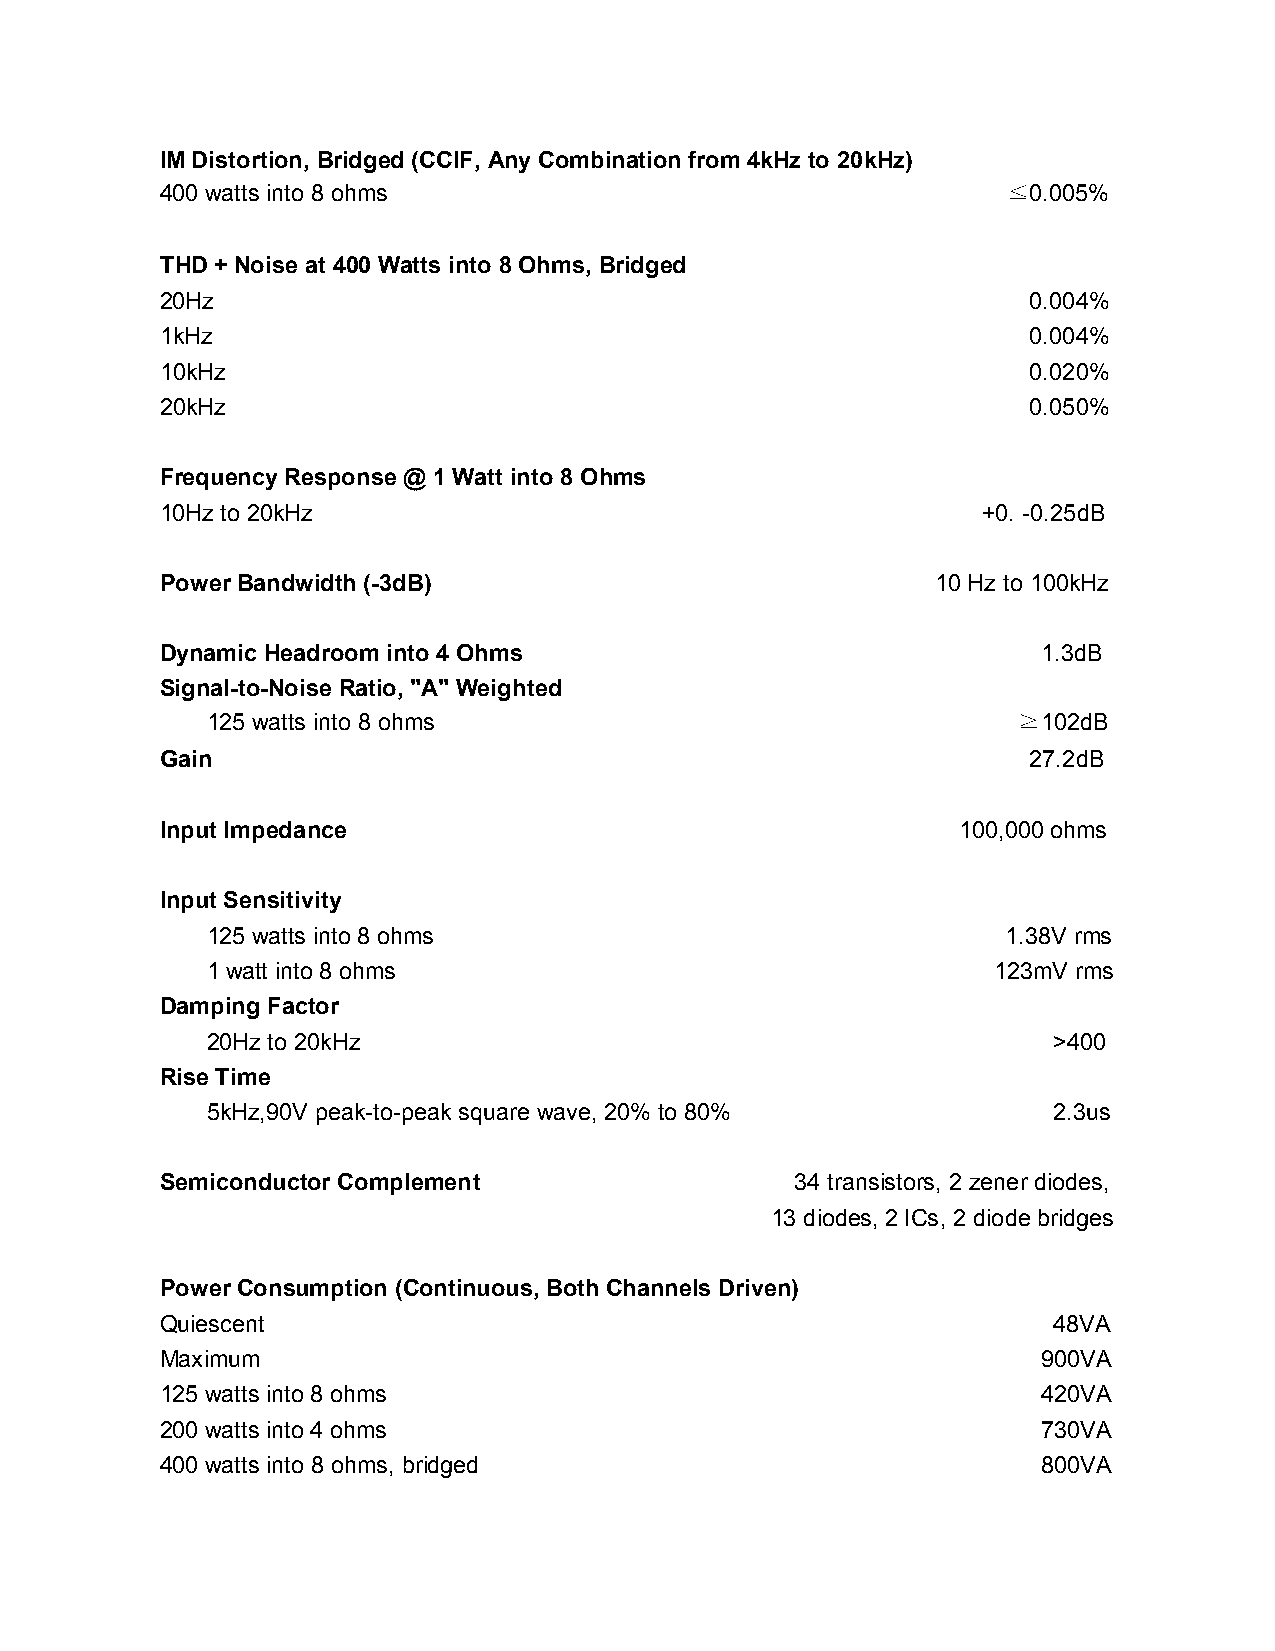
IM Distortion, Bridged (CCIF, Any Combination from 4kHz to 20kHz)
 400 watts into 8 ohms                                   ≦0.005%
 THD + Noise at 400 Watts into 8 Ohms, Bridged
 20Hz                                                     0.004%
 1kHz                                                     0.004%
 10kHz                                                    0.020%
 20kHz                                                    0.050%
 Frequency Response @ 1 Watt into 8 Ohms
 10Hz to 20kHz                                         +0. -0.25dB
 Power Bandwidth (-3dB)                             10 Hz to 100kHz
 Dynamic Headroom into 4 Ohms                              1.3dB
 Signal-to-Noise Ratio, "A" Weighted
 125 watts into 8 ohms                                ≧102dB
 Gain                                                     27.2dB
 Input Impedance                                     100,000 ohms
 Input Sensitivity
 125 watts into 8 ohms                                1.38V rms
 1 watt into 8 ohms                                  123mV rms
 Damping Factor
 20Hz to 20kHz                                           >400
 Rise Time
 5kHz,90V peak-to-peak square wave, 20% to 80%           2.3us
 Semiconductor Complement                  34 transistors, 2 zener diodes,
 13 diodes, 2 ICs, 2 diode bridges
 Power Consumption (Continuous, Both Channels Driven)
 Quiescent                                                  48VA
 Maximum                                                   900VA
 125 watts into 8 ohms                                     420VA
 200 watts into 4 ohms                                     730VA
 400 watts into 8 ohms, bridged                            800VA